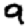
Digit: 9